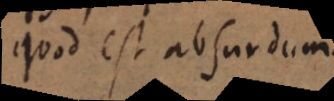
quod est absurdum